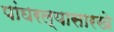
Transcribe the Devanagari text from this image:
पांघरल्यासारखे